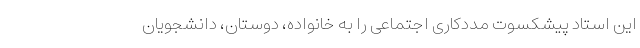
این استاد پیشکسوت مددکاری اجتماعی را به خانواده، دوستان، دانشجویان